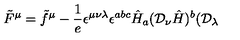
\tilde { F } ^ { \mu } = \tilde { f } ^ { \mu } - \frac { 1 } { e } \epsilon ^ { \mu \nu \lambda } \epsilon ^ { a b c } \hat { H } _ { a } ( { \cal D } _ { \nu } \hat { H } ) ^ { b } ( { \cal D } _ { \lambda }